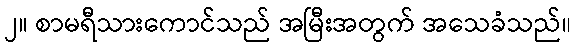
၂။ စာမရီသားကောင်သည် အမြီးအတွက် အသေခံသည်။